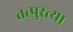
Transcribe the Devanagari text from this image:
तत्पुरत्या